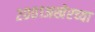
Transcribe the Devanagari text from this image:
२००१अखेरच्या